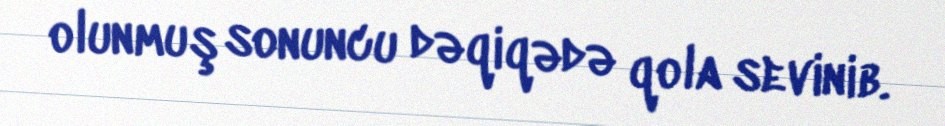
olunmuş sonuncu dəqiqədə qola sevinib.